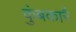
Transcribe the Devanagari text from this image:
कुंबकारै